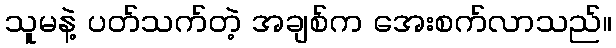
သူမနဲ့ ပတ်သက်တဲ့ အချစ်က အေးစက်လာသည်။